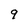
Character: q